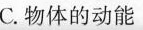
C.物体的动能